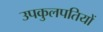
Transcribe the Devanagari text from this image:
उपकुलपतियों